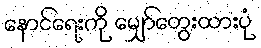
နောင်ရေးကို မျှော်တွေးထားပုံ